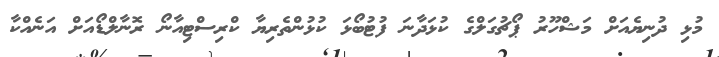
މުޅި ދުނިޔެއަށް މަޝްހޫރު ޕޯޗުގަލްގެ ކުޅަދާނަ ފުޓުބޯޅަ ކުޅުންތެރިޔާ ކްރިސްޓިއާނޯ ރޮނާލްޑޯއަށް އަނެއްކާ